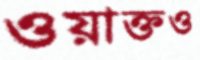
ওয়াক্তও